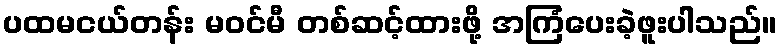
ပထမငယ်တန်း မဝင်မီ တစ်ဆင့်ထားဖို့ အကြံပေးခဲ့ဖူးပါသည်။